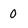
Character: 0